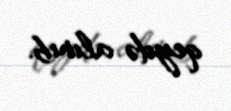
qeydə alınıb.